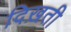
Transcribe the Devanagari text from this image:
दिख़ती